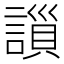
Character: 𧫇